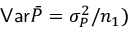
\mathsf { V a r } \bar { P } = \sigma _ { P } ^ { 2 } / n _ { 1 } )